Materia medica of Madras volume I
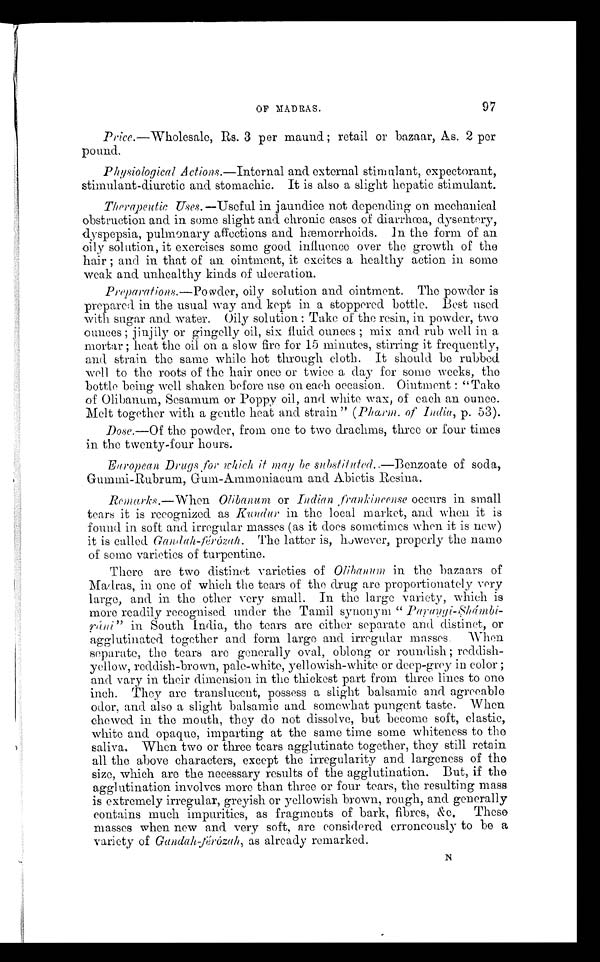
OF MADRAS.
97
Price .—Wholesale, Rs. 3 per maund ; retail or bazaar, As. 2 per
pound.
Physiological Actions.—Internal and external stimulant, expectorant,
s
stimulant-diuretic and stomachic. It is also a slight hepatic stimulant.
Therapeutic Uses. —Useful in jaundice not depending on mechanical
obstruction and in some slight and chronic cases of diarrhœa, dysentery,
dyspepsia, pulmonary affections and hæmorrhoids. In the form of an
oily solution, it exercises some good influence over the growth of the
hair ; and in that of an ointment, it excites a healthy action in some
weak and unhealthy kinds of ulceration.
Preparations.—Powder, oily solution and ointment. The powder is
prepared in the usual way and kept in a stoppered bottle. Best used
with sugar and water. Oily solution : Take of the resin, in powder, two
ounces ; jinjily or gingelly oil, six fluid ounces ; mix and rub well in a
mortar ; heat the oil on a slow fire for 15 minutes, stirring it frequently,
and strain the same while hot through cloth. It should be rubbed
well to the roots of the hair once or twice a day for some weeks, the
bottle being well shaken before use on each occasion. Ointment : "Take
of Olibanum, Sesamum or Poppy oil, and white wax, of each an ounce.
Melt together with a gentle heat and strain " (Pharm. of India, p. 53).
Dose.— Of the powder, from one to two drachms, three or four times
in the twenty-four hours.
European Drugs for which it may be substituted.—Benzoate of soda,
Gummi-Rubrum, Gum-Ammoniacum and Abietis Resina.
Remarks.—When
Olibanum or Indian frankincense occurs in small
tears it is recognized as Kundur in the local market, and when it is
found in soft and irregular masses (as it does sometimes when it is new)
it is called Gandah-férózah. The latter is, however, properly the name
of some varieties of turpentine.
There are two distinet varieties of Olibanum in the bazaars of
Madras, in one of which the tears of the drug are proportionately very
large, and in the other very small. In the large variety, which is
more readily recognised under the Tamil synonym "
P a r a n g i - S h á m b i - r á n i
" i n S o u t h I n d i a , t h e t e a r s a r e e i t h e r s e p a r a t e a n d d i s t i n e t , o r
agglutinated together and form large and irregular masses. When
separate, the tears are generally oval, oblong or roundish ; reddish-
yellow, reddish-brown, pale-white, yellowish-white or deep-grey in color ;
and vary in their dimension in the thickest part from three lines to one
inch. They are translucent, possess a slight balsamic and agreeable
odor, and also a slight balsamic and somewhat pungent taste. When
chewed in the mouth, they do not dissolve, but become soft, elastic,
white and opaque, imparting at the same time some whiteness to the
saliva. When two or three tears agglutinate together, they still retain
all the above characters, except the irregularity and largeness of the
size, which are the necessary results of the agglutination. But, if the
agglutination involves more than three or four tears, the resulting mass
is extremely irregular, greyish or yellowish brown, rough, and generally
contains much impurities, as fragments of bark, fibres, &c. These
masses when new and very soft, are considered erroneously to be a
variety of Gandah-férózah, as already remarked.
N